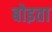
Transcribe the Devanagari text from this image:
बोइता